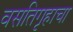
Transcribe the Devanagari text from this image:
वसतिगृहाचा